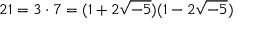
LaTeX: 2 1 = 3 \cdot 7 = ( 1 + 2 { \sqrt { - 5 } } ) ( 1 - 2 { \sqrt { - 5 } } )